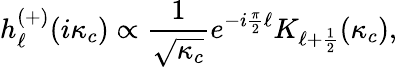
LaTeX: h_{\ell}^{(+)}(i\kappa_{c})\propto\frac{1}{\sqrt{\kappa_{c}}}e^{-i\frac{\pi}{2}\ell}K_{\ell+\frac{1}{2}}(\kappa_{c}),